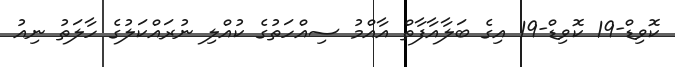
ކޮވިޑް-19 ކޮވިޑް-19 އިގެ ބަލާއާފާތް އާއްމު ސިއްހަތުގެ ކުއްލި ނުރައްކަލުގެ ހާލަތު ނިއު